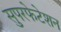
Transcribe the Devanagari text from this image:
सुपरफेटेशन